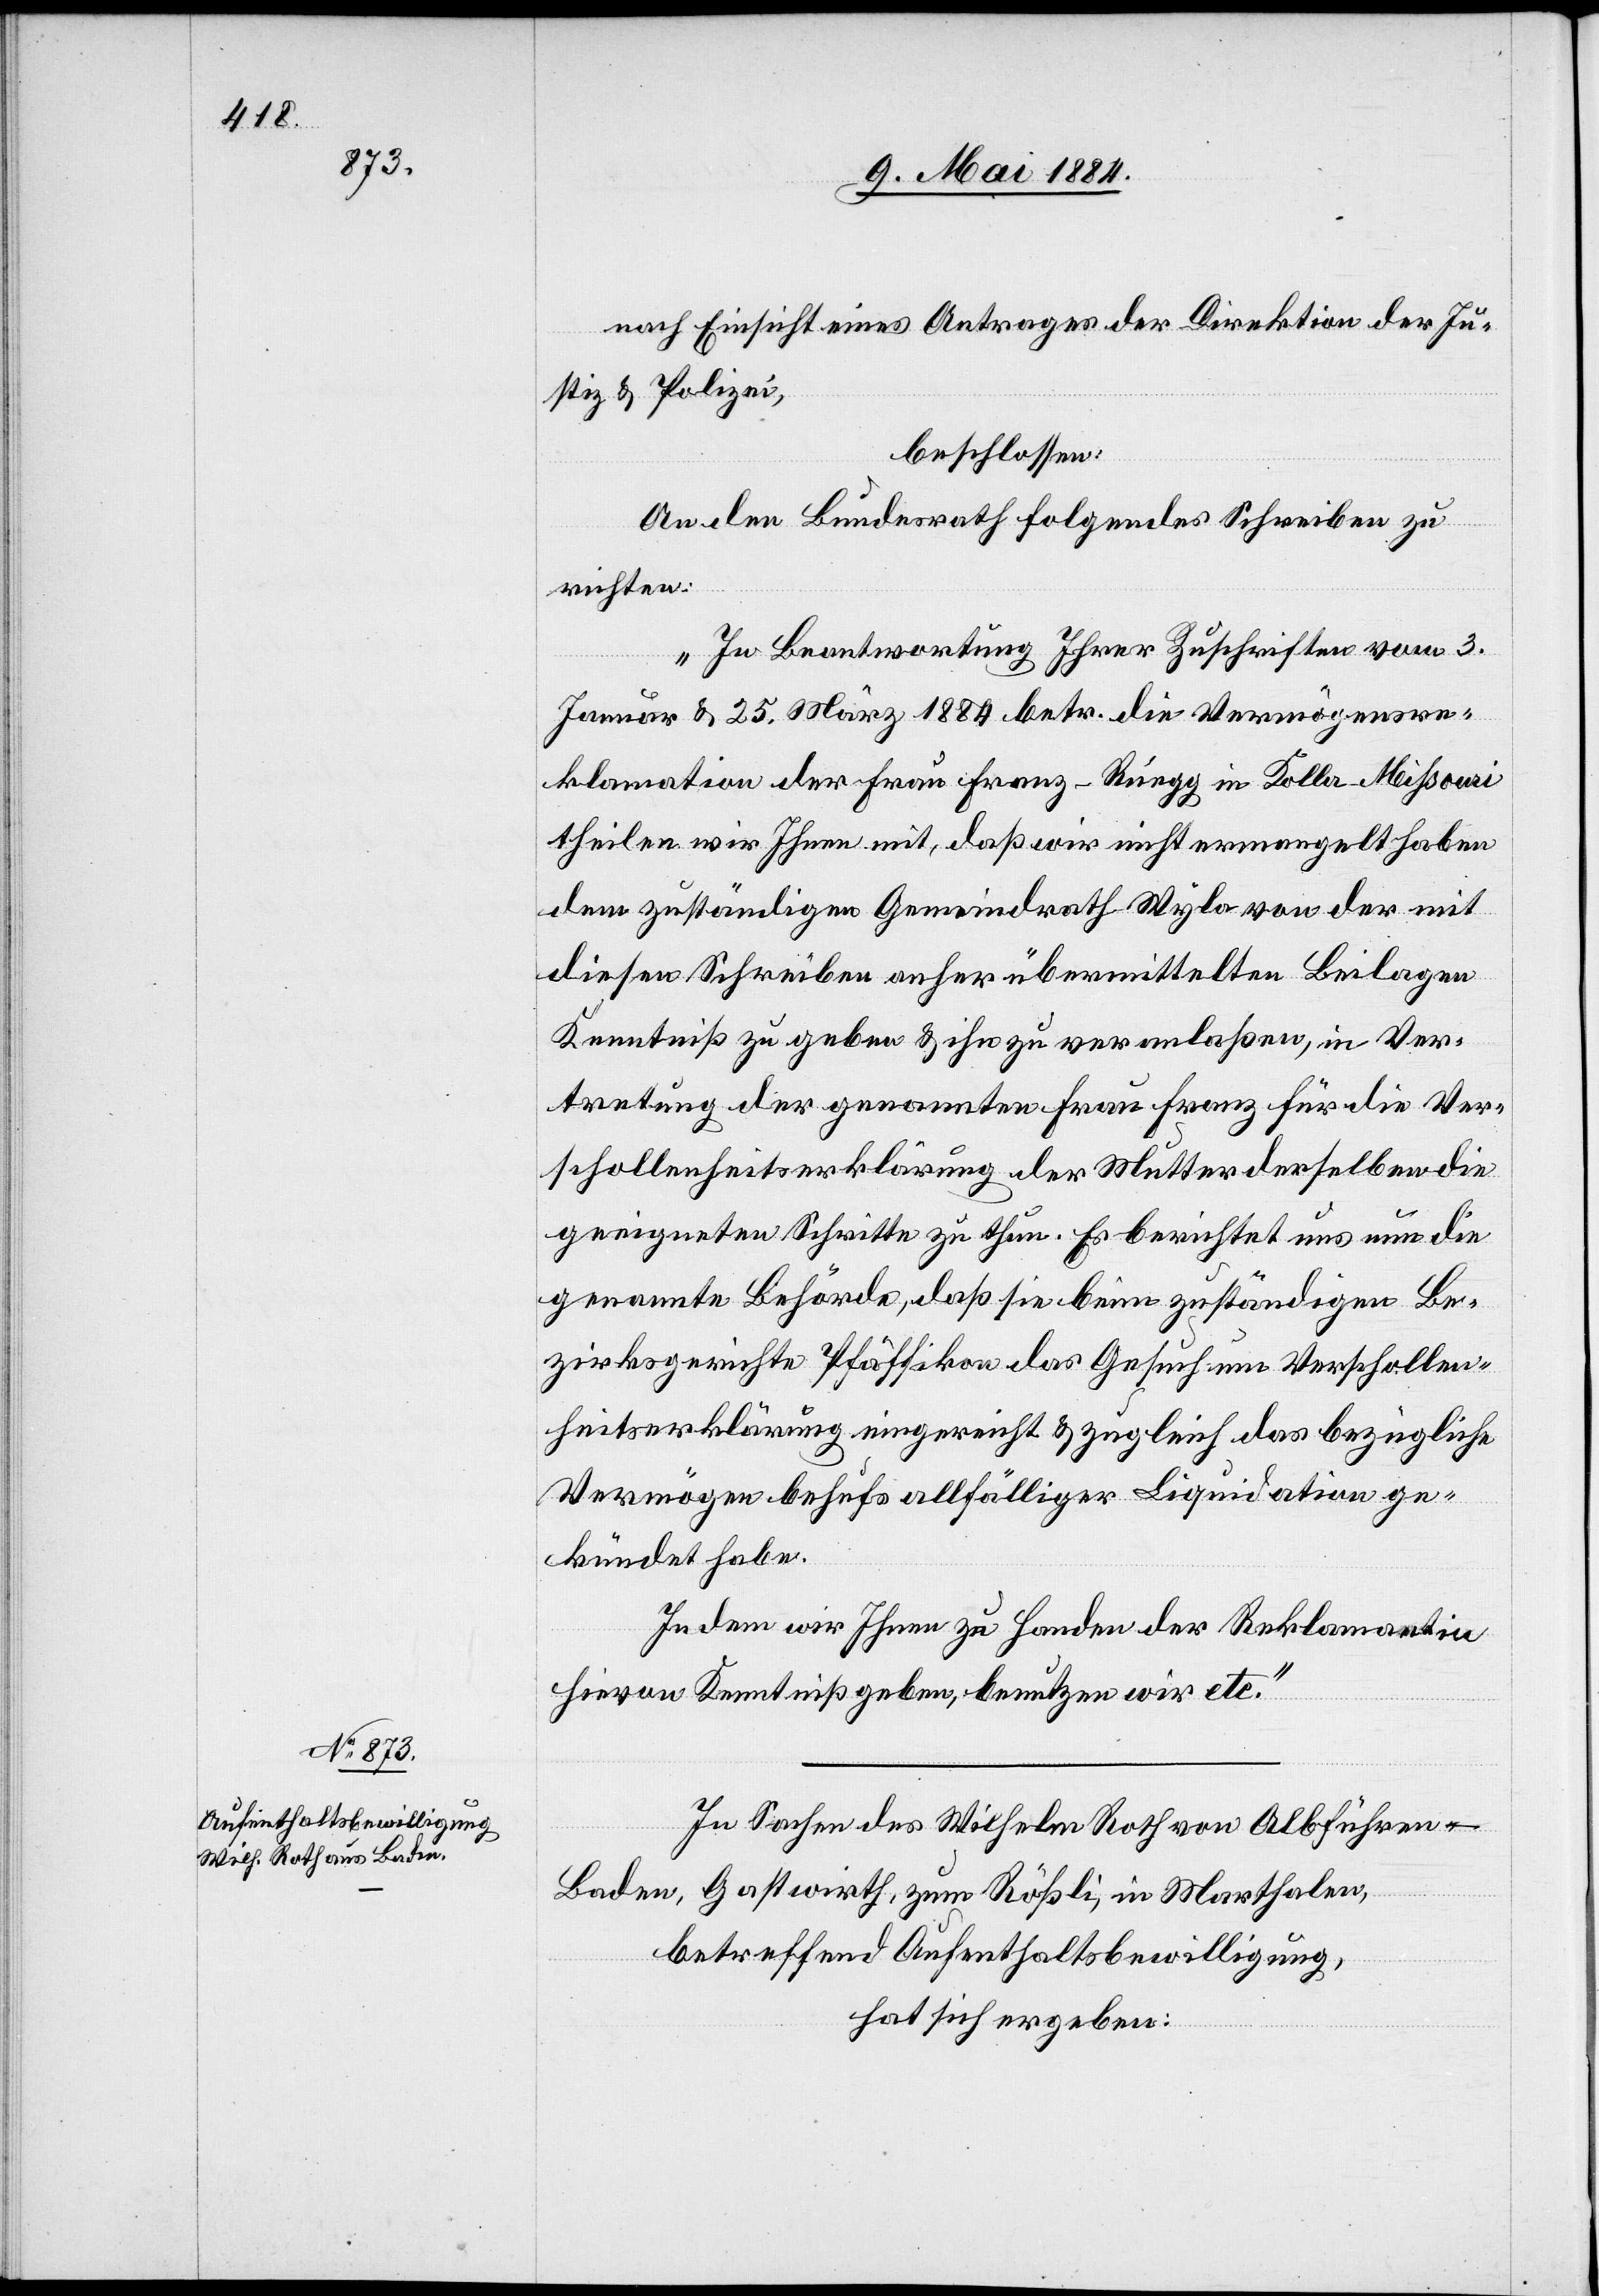
nach Einsicht eines Antrages der Direktion der Ju¬
stiz & Polizei,
beschlossen:
An den Bundesrath folgendes Schreiben zu
richten:
„In Beantwortung Ihrer Zuschrift vom 3.
Januar & 25. März 1884 betr. die Vermögensde¬
klaration der Frau Franz-Rüegg in Kolla [recte:
theilen wir Ihnen mit, daß wir nicht ermangelt haben
dem zuständigen Gemeindrath Wyla von der mit
Kenntniß zu geben & ihn zu veranlaßen, in Ver¬
tretung der genannten Frau Franz für die Ver¬
schollenheitserklärung der Mutter derselben die
geeigneten Schritte zu thun. Es berichtet uns nun die
genannte Behörde, daß sie beim zuständigen Be¬
zirksgerichte Pfäffikon das Gesuch um Verschollen¬
heitserklärung eingereicht & zugleich das bezügliche
Vermögen behufs allfälliger Liquidation ge¬
kündet habe.
In dem wir Ihnen zu Handen der Reklamation
hievon Kenntniß geben, benutzen wir etc.“
In Sachen des Wilhelm Roth von Albführen -
Baden, Gastwirth, zum Rößli in Marthalen,
betreffend Aufenthaltsbewilligung,
hat sich ergeben: